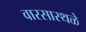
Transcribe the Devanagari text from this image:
वारसास्थळे